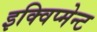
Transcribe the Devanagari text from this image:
इक्विप्मेन्ट